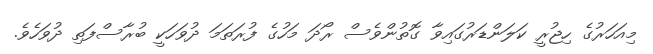
މިއަހަރުގެ ހިޖުރީ ކަލަންޑަރުގައިވާ ގޮތުންވެސް ރޯދަ މަހުގެ ފުރަތަމަ ދުވަހަކީ ބުރާސްފަތި ދުވަހެވެ.